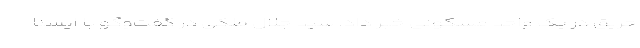
حریق در یک واحد مسکونی خبر داد. سید جلال ملکی در گفت‌وگو با ایسنا